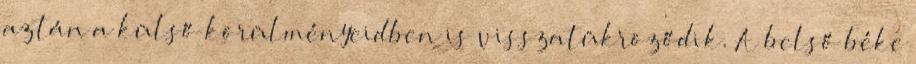
aztán a külső körülményeidben is visszatükröződik. A belső béke